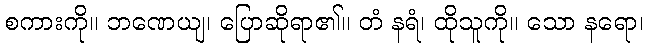
စကားကို။ ဘဏေယျ၊ ပြောဆိုရာ၏။ တံ နရံ၊ ထိုသူကို။ သော နရော၊